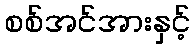
စစ်အင်အားနှင့်